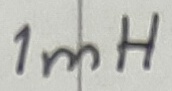
Text: 1mH